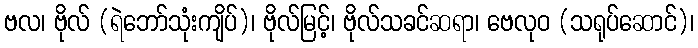
ဗလ၊ ဗိုလ် (ရဲဘော်သုံးကျိပ်)၊ ဗိုလ်မြင့်၊ ဗိုလ်သခင်ဆရာ၊ ဗေလုဝ (သရုပ်ဆောင်)၊